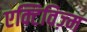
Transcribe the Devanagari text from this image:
एक्टिविज़्म